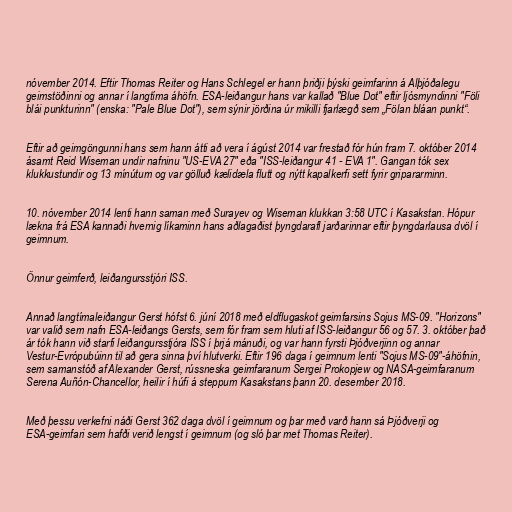
nóvember 2014. Eftir Thomas Reiter og Hans Schlegel er hann þriðji þýski geimfarinn á Alþjóðalegu
geimstöðinni og annar í langtíma áhöfn. ESA-leiðangur hans var kallað "Blue Dot" eftir ljósmyndinni "Föli
blái punkturinn" (enska: "Pale Blue Dot"), sem sýnir jörðina úr mikilli fjarlægð sem „Fölan bláan punkt“.

Eftir að geimgöngunni hans sem hann átti að vera í ágúst 2014 var frestað fór hún fram 7. október 2014
ásamt Reid Wiseman undir nafninu "US-EVA 27" eða "ISS-leiðangur 41 - EVA 1". Gangan tók sex
klukkustundir og 13 mínútum og var gölluð kælidæla flutt og nýtt kapalkerfi sett fyrir gripararminn.

10. nóvember 2014 lenti hann saman með Surayev og Wiseman klukkan 3:58 UTC í Kasakstan. Hópur
lækna frá ESA kannaði hvernig líkaminn hans aðlagaðist þyngdarafl jarðarinnar eftir þyngdarlausa dvöl í
geimnum.

Önnur geimferð, leiðangursstjóri ISS.

Annað langtímaleiðangur Gerst hófst 6. júní 2018 með eldflugaskot geimfarsins Sojus MS-09. "Horizons"
var valið sem nafn ESA-leiðangs Gersts, sem fór fram sem hluti af ISS-leiðangur 56 og 57. 3. október það
ár tók hann við starfi leiðangursstjóra ISS í þrjá mánuði, og var hann fyrsti Þjóðverjinn og annar
Vestur-Evrópubúinn til að gera sinna því hlutverki. Eftir 196 daga í geimnum lenti "Sojus MS-09"-áhöfnin,
sem samanstóð af Alexander Gerst, rússneska geimfaranum Sergei Prokopjew og NASA-geimfaranum
Serena Auñón-Chancellor, heilir í húfi á steppum Kasakstans þann 20. desember 2018.

Með þessu verkefni náði Gerst 362 daga dvöl í geimnum og þar með varð hann sá Þjóðverji og
ESA-geimfari sem hafði verið lengst í geimnum (og sló þar met Thomas Reiter).